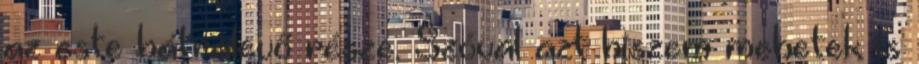
az este hátralevő része. Szóval azt hiszem mehetek is